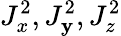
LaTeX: J_{x}^{2},J_{\mathbf{y}}^{2},J_{z}^{2}